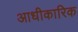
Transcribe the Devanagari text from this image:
आधीकारिक